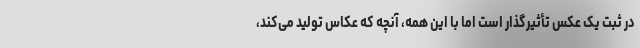
در ثبت یک عکس تأثیرگذار است اما با این همه، آنچه که عکاس تولید می‌کند،